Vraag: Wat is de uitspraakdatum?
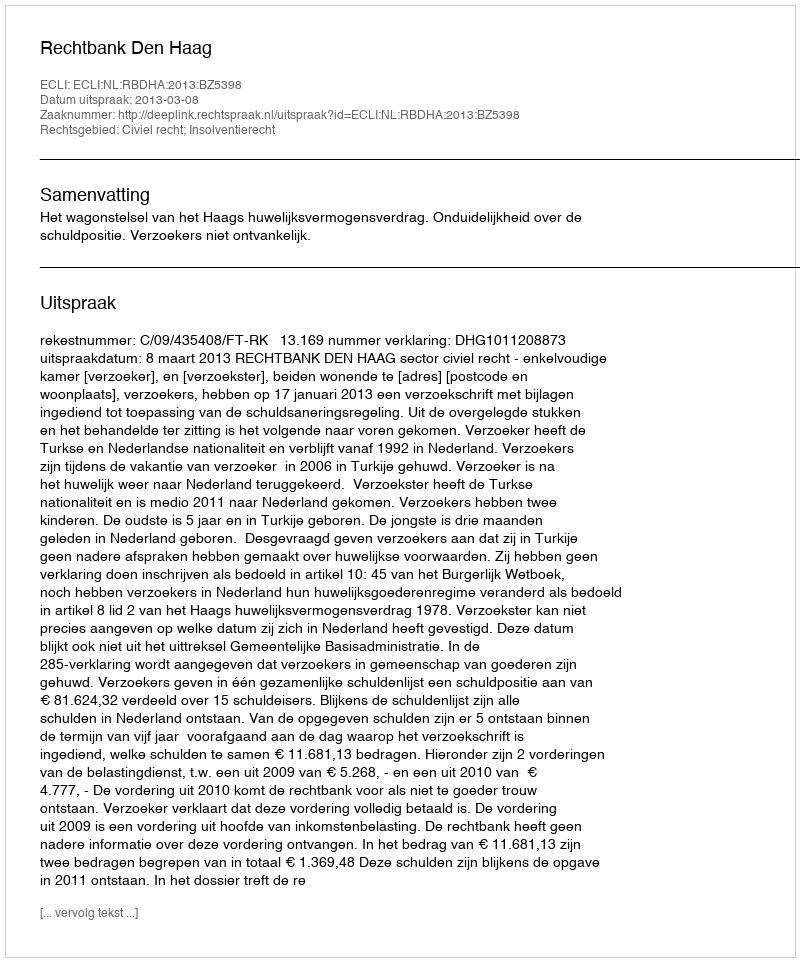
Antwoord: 2013-03-08